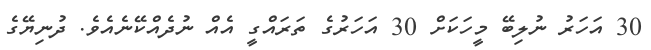
30 އަހަރު ނުލިބޭ މީހަކަށް 30 އަހަރުގެ ތަރައްގީ އެއް ނުދެއްކޭނެއެވެ. ދުނިޔޭގެ